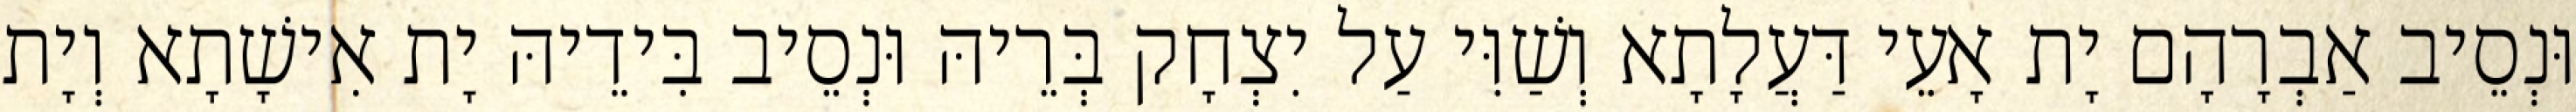
וּנְסֵיב אַבְרָהָם יָת אָעֵי דַּעֲלָתָא וְשַׁוִּי עַל יִצְחָק בְּרֵיהּ וּנְסֵיב בִּידֵיהּ יָת אִישָׁתָא וְיָת